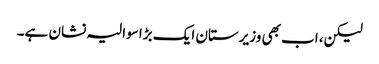
لیکن، اب بھی وزیرستان ایک بڑا سوالیہ نشان ہے۔